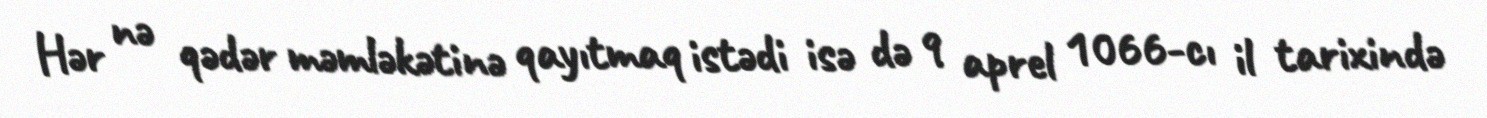
Hər nə qədər məmləkətinə qayıtmaq istədi isə də 9 aprel 1066-cı il tarixində